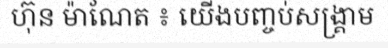
ហ៊ុន ម៉ាណែត ៖ យើងបញ្ចប់សង្គ្រាម